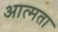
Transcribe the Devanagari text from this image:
आत्मता